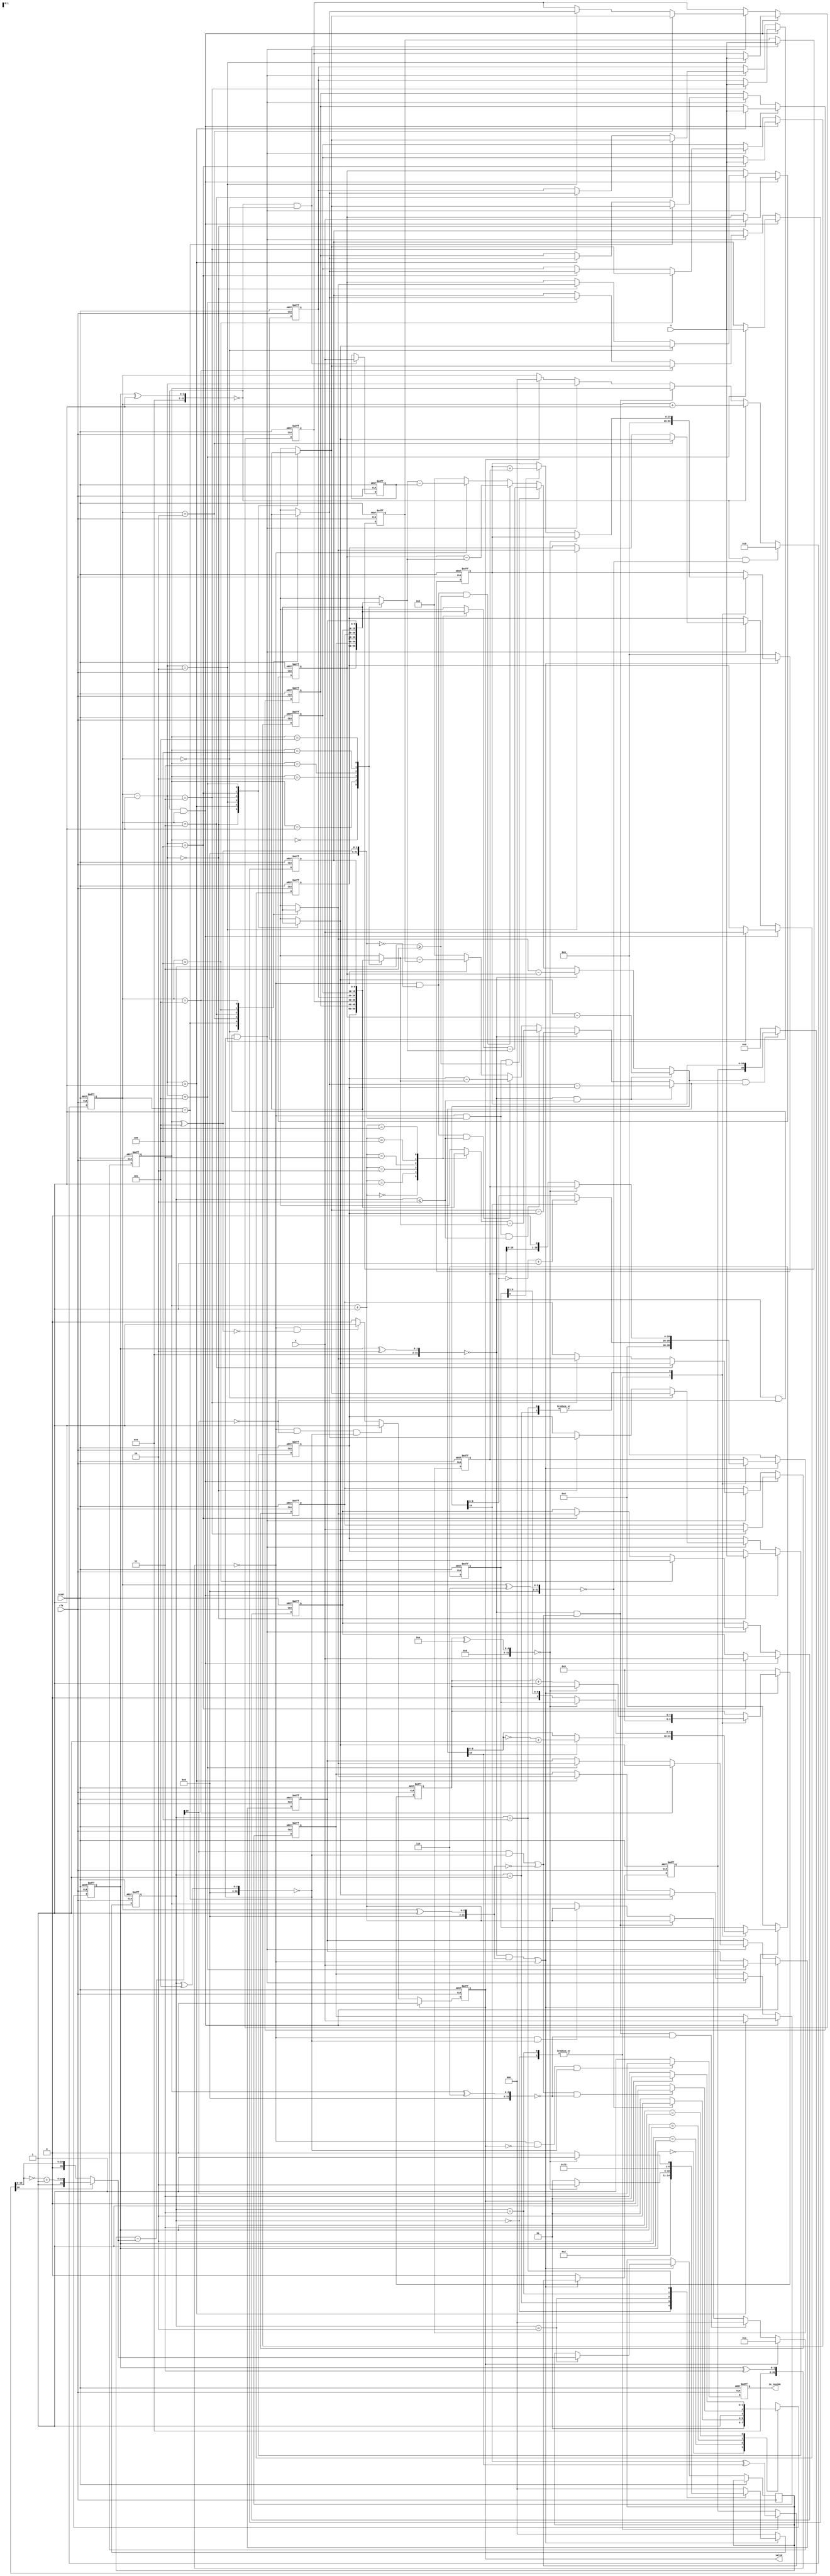
module geofence ( clk,reset,X,Y,valid,is_inside);
input clk;
input reset;
input [9:0] X;
input [9:0] Y;
output valid;
output is_inside;

parameter IDLE = 0;
parameter STORE = 1;
parameter CLOCKWISE_SORT = 2;
parameter IF_INSIDE = 3;




parameter DATAWIDTH=11;
parameter DATAWIDTH_MINUS_1 = 10;
parameter DATAWIDTH_MINUS_2 = 9;
parameter DOUBLE_DATAWIDTH = 22;
parameter DOUBLE_DATAWIDTH_MINUS_2 = 20;
parameter DOUBLE_DATAWIDTH_MINUS_3 = 19;
parameter s0 = 0, s1 = 1, s2 = 2,s3=3,s4=4,s5=5;
/*
wire [3:0] w;
assign w=DATAWIDTH;

wire [4:0] ws ;
assign ws=w<<2;
*/
reg [DATAWIDTH_MINUS_1:0] x1, y1/*,x2,y2*/;
reg [DOUBLE_DATAWIDTH_MINUS_2:0] result1;
wire [DOUBLE_DATAWIDTH_MINUS_2:0]result2;
reg [DOUBLE_DATAWIDTH_MINUS_2:0] result_reg1/*,result_reg2*/;

reg  [4:0] count;
reg  [2:0] mul_state;
reg  [DOUBLE_DATAWIDTH_MINUS_3:0] P1, T1/*,P2,T2*/;
wire [DATAWIDTH_MINUS_2:0] x_reg1/*,x_reg2*/;
reg   [DATAWIDTH_MINUS_2:0] y_reg1/*,y_reg2*/;
reg   msb1;
//reg   msb2=0;





reg [9:0] target_x,target_y;
reg [9:0] hexagon_x [0:5];
reg [9:0] hexagon_y [0:5];

//reg [2:0] sort_counter ;
reg [2:0] counter_buffer;

//reg mul_count;

reg [2:0] counter;
reg [1:0] state;
reg [1:0] next_state;

//reg if_positive;
//reg if_positive_buffer;

reg valid;
reg is_inside;

//reg signed [21:0] multiplication1;
//reg signed [21:0] multiplication2;

wire signed[10:0] Ax;
assign Ax=(hexagon_x[counter-1]-hexagon_x[0]);

wire signed[10:0] By;
assign By=(hexagon_y[counter]-hexagon_y[0]);

wire signed[10:0] Ay;
assign Ay=(hexagon_y[counter-1]-hexagon_y[0]);

wire signed[10:0] Bx;
assign Bx=(hexagon_x[counter]-hexagon_x[0]);

//wire signed [21:0] AxBy;
//assign AxBy=Ax*By;

//wire signed [21:0] AyBx;
//assign AyBx=Ay*Bx;

wire signed[10:0] tx ;
assign tx =(hexagon_x[counter_buffer]-target_x);

wire signed[10:0] ty;
assign ty=(hexagon_y[counter_buffer]-target_y);

wire signed[10:0] hx;
assign hx=(hexagon_x[counter_buffer + 3'b1]-hexagon_x[counter_buffer]);

wire signed[10:0] hy;
assign hy=(hexagon_y[counter_buffer + 3'b1]-hexagon_y[counter_buffer]);

//wire signed [21:0] txhy;
//assign txhy=tx*hy;

//wire signed [21:0] tyhx;
//assign tyhx=ty*hx;

//wire signed[10:0] tx5 ;
//assign tx5 =(hexagon_x[counter_buffer]-target_x);

//wire signed[10:0] ty5;
//assign ty5=(hexagon_y[counter_buffer]-target_y);

wire signed[10:0] hx5;
assign hx5=(hexagon_x[0]-hexagon_x[counter_buffer]);

wire signed[10:0] hy5;
assign hy5=(hexagon_y[0]-hexagon_y[counter_buffer]);

//wire signed [21:0] tx5hy5;
//assign tx5hy5=tx5*hy5;

//wire signed [21:0] ty5hx5;
//assign ty5hx5=ty5*hx5;

integer i;


always @(*) begin
    if(!(state ^ CLOCKWISE_SORT) && mul_state<=2)
        x1 =  Ax;
    else if(!(state ^ CLOCKWISE_SORT) )
        x1 =Bx;
    else if(!(state ^ IF_INSIDE) && (counter_buffer^5) && mul_state>=3)
        x1 = hx;
    else if(!(state ^ IF_INSIDE) && !(counter_buffer^5) && mul_state>=3)
        x1 = hx5;
    else if(!(state ^ IF_INSIDE))
        x1 = tx;
    //else if(state == IF_INSIDE && counter_buffer==5)
    //    x1 = tx5;
    else 
        x1 = 11'b0;
        
end

always @(*) begin
    if(!(state ^ CLOCKWISE_SORT) && mul_state<=2)
        y1 =By;
    else if(!(state ^ CLOCKWISE_SORT))
        y1 =Ay;
    else if(!(state ^ IF_INSIDE) && (counter_buffer^5) && mul_state<=2)
        y1 =hy;
    else if(!(state ^ IF_INSIDE) && !(counter_buffer^5) && mul_state<=2)
        y1 =hy5;
    else if(!(state ^ IF_INSIDE) )
        y1 = ty;
    else 
        y1 = 11'b0;
        
end

/*always @(*) begin
    if(state == CLOCKWISE_SORT )
        x2 =Bx;
    else if(state == IF_INSIDE && counter_buffer<=4)
        x2 = hx;
    else if(state == IF_INSIDE && counter_buffer==5)
        x2 = hx5;
    else 
        x2 = 11'b0;
        
end

always @(*) begin
    if(state == CLOCKWISE_SORT )
        y2 =Ay;
    else if(state == IF_INSIDE)
        y2 = ty;
    //else if(state == IF_INSIDE && counter_buffer==5)
    //    y2 = ty5;
    else 
        y2 = 11'b0;
        
end
*/

always @(*) begin
    if(!(x1 && y1))
        result_reg1 = 0;
    else 
        result_reg1 = {msb1,P1[DOUBLE_DATAWIDTH_MINUS_3:0]};
end

always @(posedge clk or posedge reset) begin
    if (reset) begin
        y_reg1<=0; 
        msb1 <= 0;
        P1 <= 0;
        T1 <= 0;
/*
        y_reg2<=0; 
        msb2 <= 0;
        P2 <= 0;
        T2 <= 0;
*/
        count <= 0;
        mul_state <= s0;
    end
    else if ((!(state^CLOCKWISE_SORT) && (counter^1)) || !(state^IF_INSIDE)) begin
        case (mul_state)
            s0: begin
                y_reg1<=(~|y1[DATAWIDTH_MINUS_1])?y1[DATAWIDTH_MINUS_2:0]:~y1[DATAWIDTH_MINUS_2:0]+1'b1; 
                msb1 <= x1[DATAWIDTH_MINUS_1] ^ y1[DATAWIDTH_MINUS_1];
                P1 <= 0;
                T1 <= {{(DATAWIDTH_MINUS_1){1'b0}}, x_reg1};
/*
                y_reg2<=(y2[DATAWIDTH-1]==0)?y2[DATAWIDTH-2:0]:~y2[DATAWIDTH-2:0]+1'b1; 
                msb2 <= x2[DATAWIDTH-1] ^ y2[DATAWIDTH-1];
                P2 <= 0;
                T2 <= {{(DATAWIDTH-1){1'b0}}, x_reg2};
*/
                count <= 0;
                mul_state <= s1;
            end
            s1: begin
                if(!(count^(DATAWIDTH_MINUS_1)))
                    mul_state <= s2;
                else begin
                    if(!(y_reg1[0]^1'b1))
                        P1 <= P1 + T1;
                    else
                        P1 <= P1;
                    y_reg1 <= y_reg1 >> 1;
                    T1 <= T1 << 1;
/*
                    if(y_reg2[0] == 1'b1)
                        P2 <= P2 + T2;
                    else
                        P2<= P2;
                    y_reg2 <= y_reg2 >> 1;
                    T2 <= T2 << 1;
*/
                    count <= count + 1;
                    mul_state <= s1;
                end
            end
            s2: begin
                
                result1 <= (~|result_reg1[DOUBLE_DATAWIDTH_MINUS_2])? (result_reg1) : 
                ({result_reg1[DOUBLE_DATAWIDTH_MINUS_2],~result_reg1[(DOUBLE_DATAWIDTH_MINUS_3):0]+1'b1});
/*
                if(!x2 || !y2)
                    result_reg2 <= 0;
                else
                    result_reg2 <= {msb2,P2[DATAWIDTH*2-3:0]};
*/
                mul_state <= s3;
            end
            s3:begin
                

                y_reg1<=(~|y1[DATAWIDTH_MINUS_1])?y1[DATAWIDTH_MINUS_2:0]:~y1[DATAWIDTH_MINUS_2:0]+1'b1; 
                msb1 <= x1[DATAWIDTH_MINUS_1] ^ y1[DATAWIDTH_MINUS_1];
                P1 <= 0;
                T1 <= {{(DATAWIDTH_MINUS_1){1'b0}}, x_reg1};

                count <= 0;
                mul_state <= s4;
            end
            s4:begin
                if(!(count ^ (DATAWIDTH_MINUS_1)))
                    mul_state <= s5;
                else begin
                    if(!(y_reg1[0] ^ 1'b1))
                        P1 <= P1 + T1;
                    else
                        P1 <= P1;
                    y_reg1 <= y_reg1 >> 1;
                    T1 <= T1 << 1;
                
                count <= count + 1;
                mul_state <= s4;
                end
            end
            s5:begin
                
                mul_state <= s0;
            end
            default:mul_state <= s0;
        endcase
    end
    else begin
        y_reg1<=0; 
        msb1 <= 0;
        P1 <= 0;
        T1 <= 0;
/*
        y_reg2<=0; 
        msb2 <= 0;
        P2 <= 0;
        T2 <= 0;
*/
        count <= 0;
        mul_state <= s0;
    end
        
    end
   assign x_reg1 = (~|x1[DATAWIDTH_MINUS_1])?  x1[DATAWIDTH_MINUS_2:0]  : ~x1[DATAWIDTH_MINUS_2:0]+1'b1;

 //  assign x_reg2 = (x2[DATAWIDTH-1]==0)?  x2[DATAWIDTH-2:0]  : ~x2[DATAWIDTH-2:0]+1'b1;

 //  assign result1 = (result_reg1[DOUBLE_DATAWIDTH-2]==0)? (result_reg1) : 
 //               ({result_reg1[DOUBLE_DATAWIDTH-2],~result_reg1[(DOUBLE_DATAWIDTH-3):0]+1'b1});

   assign result2 = (~|result_reg1[DOUBLE_DATAWIDTH_MINUS_2])? (result_reg1) : 
                ({result_reg1[DOUBLE_DATAWIDTH_MINUS_2],~result_reg1[(DOUBLE_DATAWIDTH_MINUS_3):0]+1'b1});


wire signed [(DOUBLE_DATAWIDTH_MINUS_2):0] result;
assign result=$signed(result1-result2);


/*always @(posedge clk or posedge reset) begin
    if(reset)
        mul_count<=0;
    else if(state==CLOCKWISE_SORT )
end*/
/*
//multiplication1
always @(*) begin
    if(state == CLOCKWISE_SORT )
        multiplication1 = Ax*By;
    else if(state == IF_INSIDE && counter_buffer<=4)
        multiplication1 = tx*hy;
    else if(state == IF_INSIDE && counter_buffer==5)
        multiplication1 = tx5*hy5;
    else 
        multiplication1 = 21'b0;
        
end

//multiplication2
always @(*) begin
    if(state == CLOCKWISE_SORT )
        multiplication2 =Ay*Bx;
    else if(state == IF_INSIDE && counter_buffer<=4)
        multiplication2 = ty*hx;
    else if(state == IF_INSIDE && counter_buffer==5)
        multiplication2 = ty5*hx5;
    else 
        multiplication2 = 21'b0;
        
end
*/
always @(*) begin
    case (state)
        IDLE:next_state=STORE;
        STORE:next_state=(!(counter^6))?CLOCKWISE_SORT:STORE;
        CLOCKWISE_SORT:next_state=(((result[DOUBLE_DATAWIDTH_MINUS_2] && !(mul_state^s5))|| !(counter^1)) && !(counter_buffer^6) )?IF_INSIDE:CLOCKWISE_SORT;
        IF_INSIDE:next_state=(valid)?STORE:IF_INSIDE; 
        default: next_state=IDLE;
    endcase
end

always @(posedge clk or posedge reset) begin
    if(reset)
        state<=STORE;
    else 
        state<=next_state;
end

always @(posedge clk or posedge reset) begin
    if(reset)
        counter<=0;
     else if(!(state^STORE) && !(counter^6))
        counter<=2;
    else if(!(state^STORE))
        counter<=counter+1;
    else if(!(state^CLOCKWISE_SORT) && ((result[DOUBLE_DATAWIDTH_MINUS_2] && !(mul_state^s5)) || !(counter^1)) )
        counter<=counter_buffer;
    else if(!(state^CLOCKWISE_SORT) && (!result[DOUBLE_DATAWIDTH_MINUS_2]) && !(mul_state^s5))
        counter<=counter-1;
    else if(valid)
        counter<=0;
    else
        counter<=counter;
end

always @(posedge clk or posedge reset) begin
    if(reset)
        target_x<=0;
    else if(!(state^STORE) && !counter)
        target_x<=X;
    else
        target_x<=target_x;
end

always @(posedge clk or posedge reset) begin
    if (reset) 
        target_y<=0;
    else if(!(state^STORE) && !counter)
        target_y<=Y;
    else
        target_y<=target_y;
end

always @(posedge clk or posedge reset) begin
    if(reset)
        for (i = 0;i<6 ; i=i+1) begin
            hexagon_x[i]<=0;
        end
    else if(!(state^STORE) && counter)//counter>=1
        hexagon_x[counter-1]<=X;
    else if(!(state^CLOCKWISE_SORT) && !result[DOUBLE_DATAWIDTH_MINUS_2] && !(mul_state^s5))begin
        hexagon_x[counter-1]<=hexagon_x[counter];
        hexagon_x[counter]<=hexagon_x[counter-1];
    end
    else
        for (i = 0;i<6 ; i=i+1) begin
            hexagon_x[i]<=hexagon_x[i];
        end
end

always @(posedge clk or posedge reset) begin
    if(reset)
        for (i = 0;i<6 ; i=i+1) begin
            hexagon_y[i]<=0;
        end
    else if(!(state^STORE) && counter)//counter>=1
        hexagon_y[counter-1]<=Y;
    else if(!(state^CLOCKWISE_SORT) && !result[DOUBLE_DATAWIDTH_MINUS_2] && !(mul_state^s5))begin
        hexagon_y[counter-1]<=hexagon_y[counter];
        hexagon_y[counter]<=hexagon_y[counter-1];
    end
    else
        for (i = 0;i<6 ; i=i+1) begin
            hexagon_y[i]<=hexagon_y[i];
        end
end


always @(posedge clk or posedge reset) begin
    if(reset)
        counter_buffer<=3;
     else if(valid)
        counter_buffer<=3;
    else if(!(state^CLOCKWISE_SORT) && ((result[DOUBLE_DATAWIDTH_MINUS_2] && !(mul_state^s5))|| !(counter^1)) && !(counter_buffer^6) )
        counter_buffer<=0;
    else if(!(state^CLOCKWISE_SORT) && ((result[DOUBLE_DATAWIDTH_MINUS_2] && !(mul_state^s5))|| !(counter^1)) )
        counter_buffer<=counter_buffer+1;
    else if(!(state ^ IF_INSIDE) && !(mul_state^s5))
        counter_buffer<=counter_buffer+1;
    else 
        counter_buffer<=counter_buffer;
end


/*always @(posedge clk or posedge reset) begin
    if(reset)
        if_positive <= 1'b0;
    else if(valid)
        if_positive<=0;
    else if(state==IF_INSIDE && counter_buffer!=5 )//counter>=1
        if_positive <= (txhy-tyhx)> 0 ;
    else
        if_positive <= if_positive;
end*/

/*// if_positive_buffer
always @(posedge clk or posedge reset) begin
    if(reset)
        if_positive_buffer <= 1'b0;
    else if(valid)
        if_positive_buffer<=0;
    else if(state == IF_INSIDE)
        if_positive_buffer <= if_positive;
    else 
        if_positive_buffer <= if_positive_buffer;
end*/

//is_inside
always @(posedge clk or posedge reset) begin
    if(reset)
        is_inside <= 1'b0;
    else if(!(state ^ IF_INSIDE) && !valid  && !(mul_state^s5))
        is_inside <= (result[DOUBLE_DATAWIDTH_MINUS_2]);
    //else if(state == IF_INSIDE && !valid && counter_buffer==5 && mul_state==s6)
    //    is_inside <= (result[DOUBLE_DATAWIDTH_MINUS_2]);
    else 
        is_inside <= 1'b1;
        
end

//valid
always @(posedge clk or posedge reset) begin
    if(reset)
        valid <= 1'b0;
    else if(valid)
        valid<=1'b0;
    else if(!(state ^ IF_INSIDE) && (!result[DOUBLE_DATAWIDTH_MINUS_2]) && !(mul_state^s5))
        valid <= 1'b1;
    //else if(state == IF_INSIDE && (!result[DOUBLE_DATAWIDTH_MINUS_2]) && counter_buffer==5 && mul_state==s6)
    //    valid <= 1'b1;
    else if(!(state ^ IF_INSIDE) && !(counter_buffer^3'd5))
        valid <= 1'b1;
    else 
        valid <= 1'b0;
        
end

endmodule